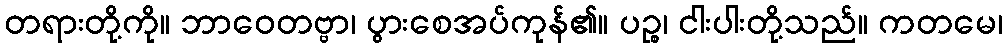
တရားတို့ကို။ ဘာဝေတဗ္ဗာ၊ ပွားစေအပ်ကုန်၏။ ပဉ္စ၊ ငါးပါးတို့သည်။ ကတမေ၊